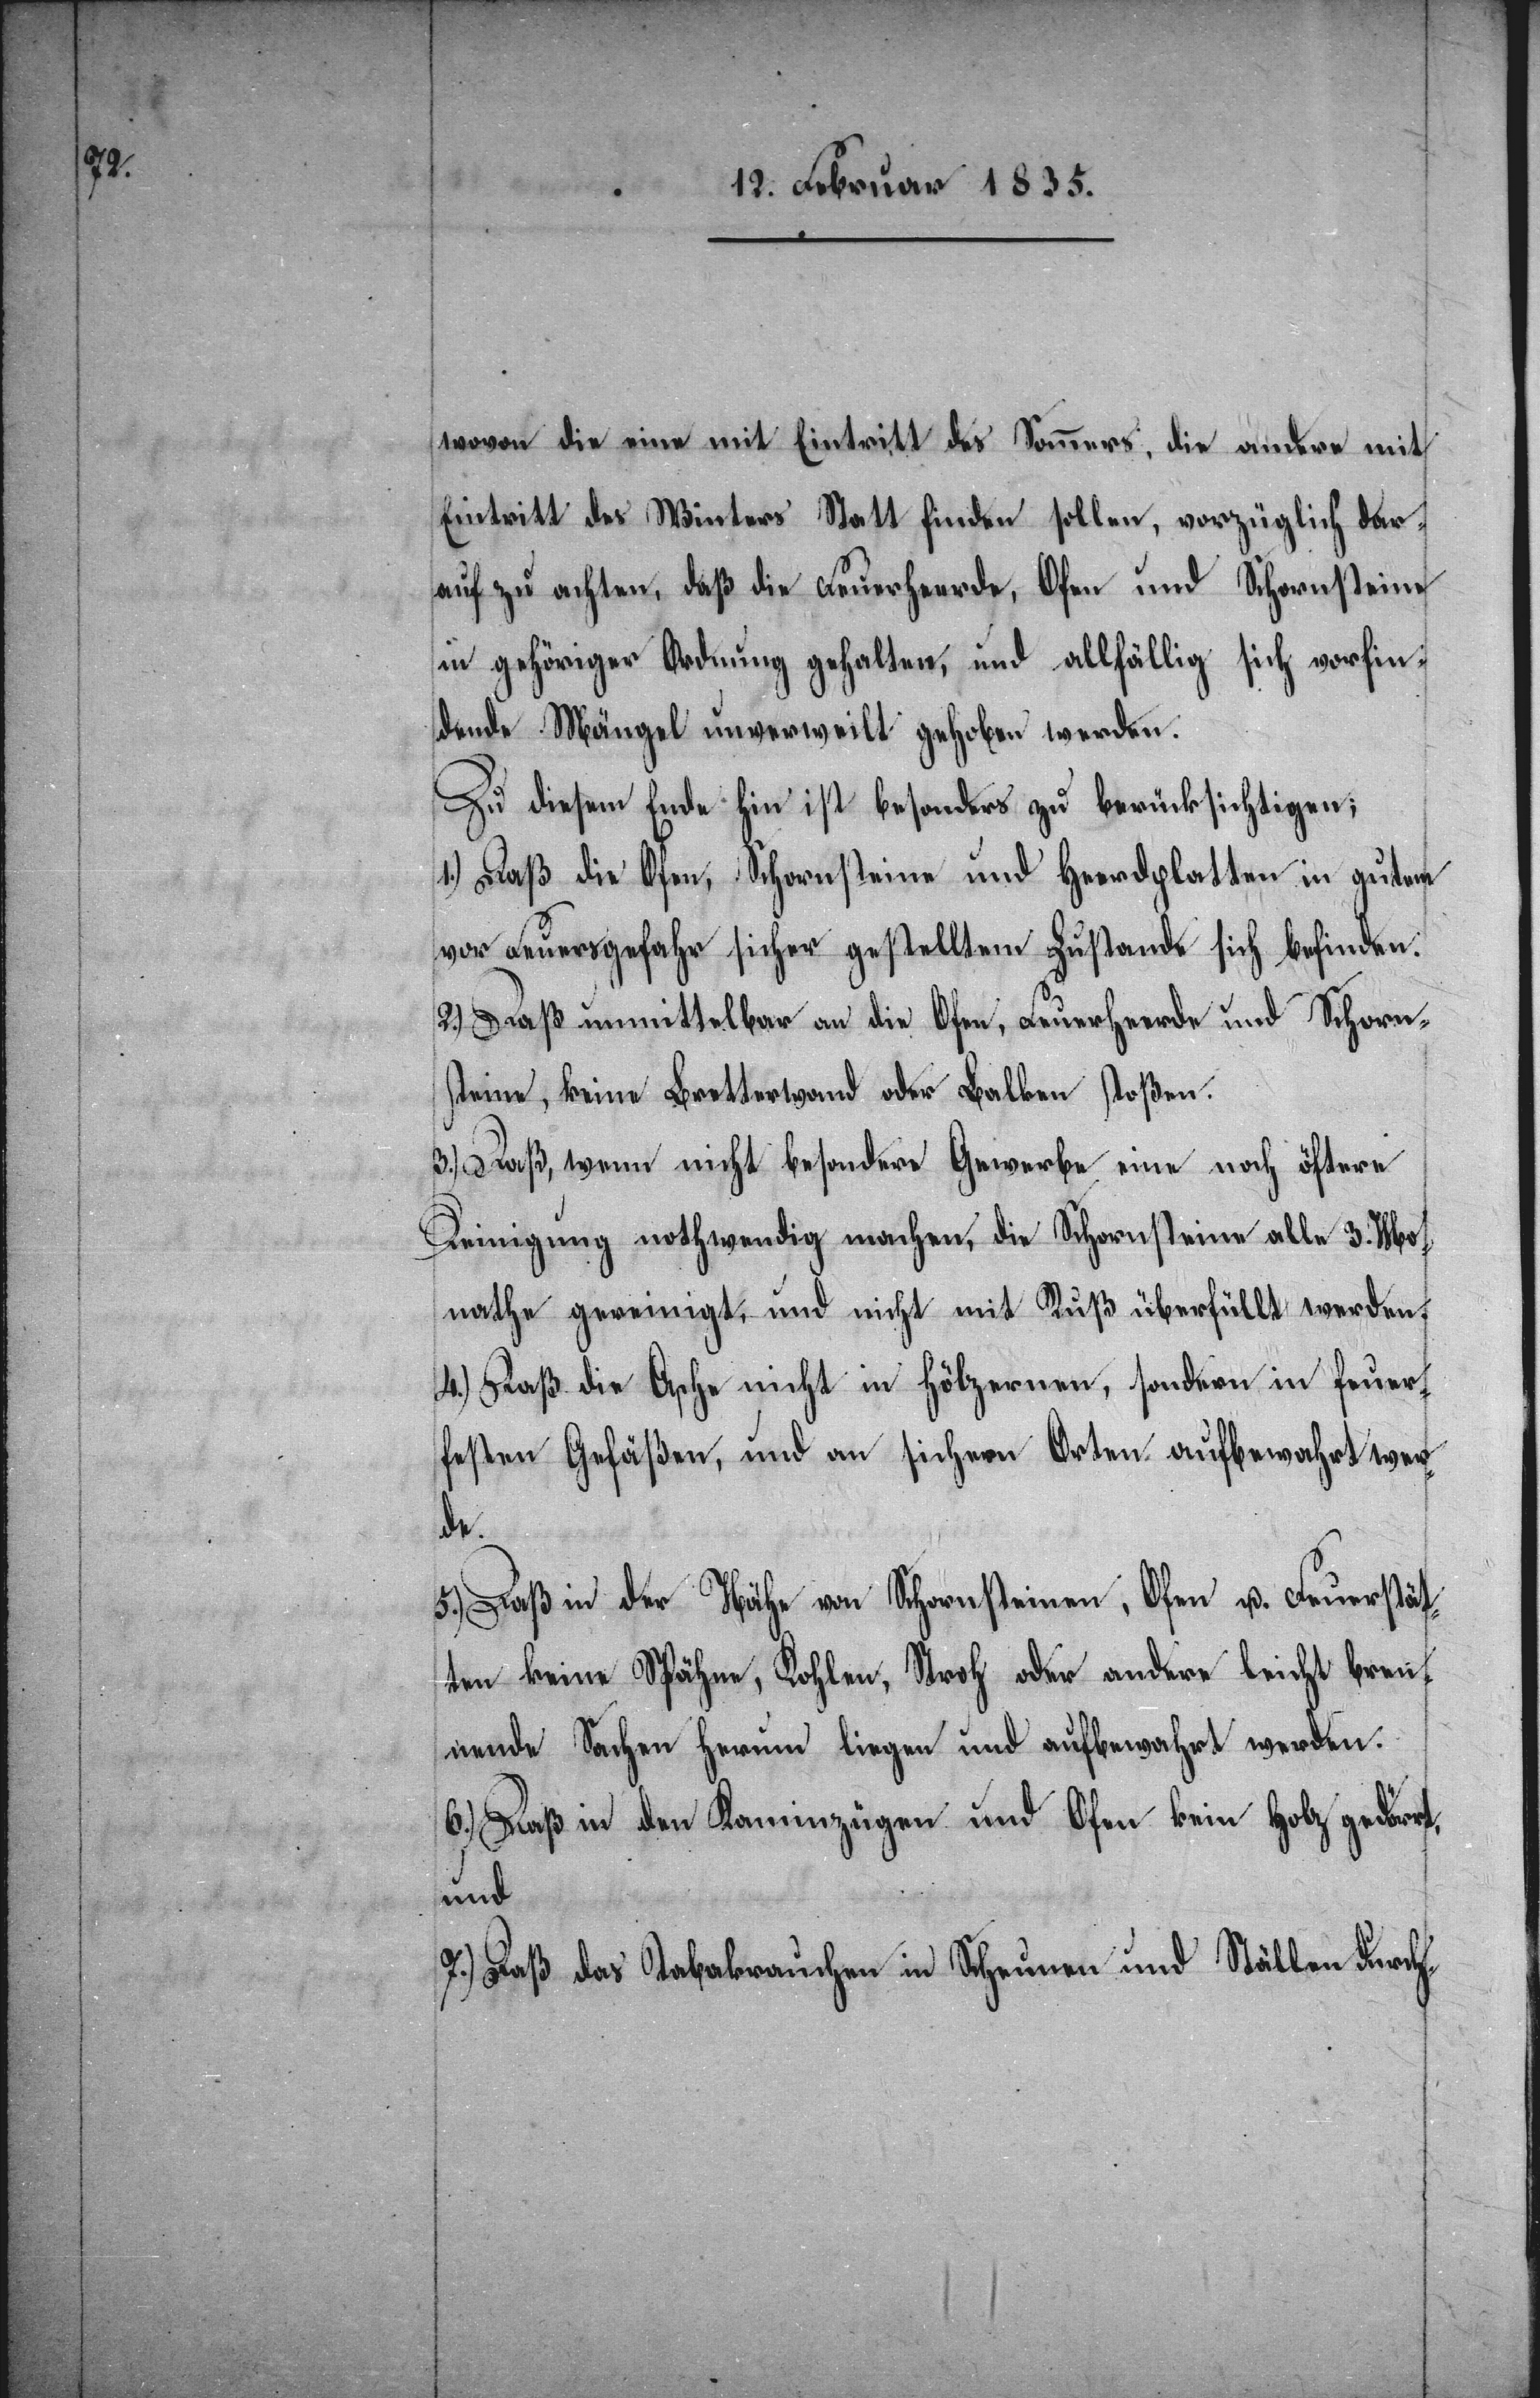
wovon die eine mit Eintritt des Sommers, die andere mit
Eintritt des Winters Statt finden sollen, vorzüglich dar¬
auf zu achten, daß die Feuerheerde, Ofen und Schornsteine
in gehöriger Ordnung gehalten, und allfällig sich vorfin¬
dende Mängel unverweilt gehoben werden.
Zu diesem Ende hin ist besonders zu berücksichtigen;
1.) Daß die Ofen, Schornsteine und Heerdplatten in gutem
vor Feuersgefahr sicher gestelltem Zustande sich befinden.
2.) Daß unmittelbar an die Ofen, Feuerheerde und Schorn¬
steine, keine Bretterwand oder Balken stoßen.
3.) Daß wenn nicht besondere Gewerbe eine noch öftere
Reinigung nothwendig machen, die Schornsteine alle 3. Mo¬
nathe gereinigt, und nicht mit Ruß überfüllt werden.
4.) Daß die Asche nicht in hölzernen, sondern in feuer¬
festen Gefäßen, und an sichern Orten aufbewahrt wer¬
de.
5.) Daß in der Nähe von Schornsteinen, Ofen u. Feuerstät¬
ten keine Spähne, Kohlen, Stroh oder andere leicht bren¬
nende Sachen herum liegen und aufbewahrt werden.
6.) Daß in den Kaminzügen und Ofen kein Holz gedörrt
und
7.) Daß das Tabakrauchen in Scheunen und Ställen durch-